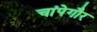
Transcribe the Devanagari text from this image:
चांपेगौर